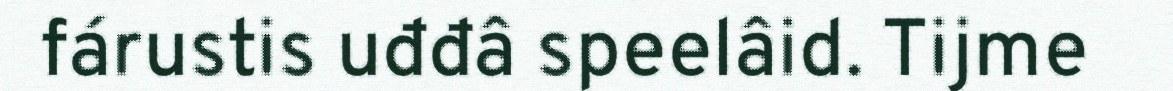
fárustis uđđâ speelâid. Tijme